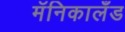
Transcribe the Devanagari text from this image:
मॅनिकालँड